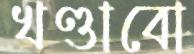
খণ্ডাবো